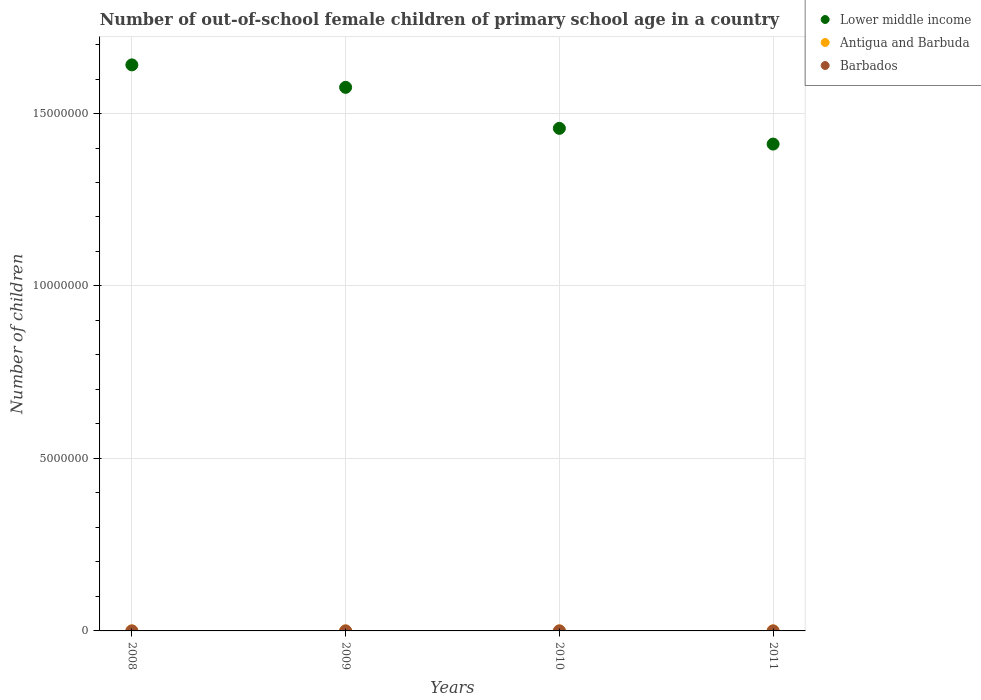
| Years | Lower middle income | Antigua and Barbuda | Barbados |
 | --- | --- | --- | --- |
 | 2008 | 1.64e+07 | 392 | 219 |
 | 2009 | 1.58e+07 | 494 | 361 |
 | 2010 | 1.46e+07 | 754 | 294 |
 | 2011 | 1.41e+07 | 773 | 331 |